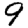
Digit: 9